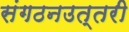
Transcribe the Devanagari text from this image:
संगठनउत्तरी